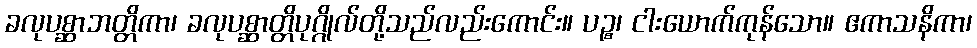
ခလုပစ္ဆာဘတ္တိကာ၊ ခလုပစ္ဆာတ္တိပုဂ္ဂိုလ်တို့သည်လည်းကောင်း။ ပဉ္စ၊ ငါးယောက်ကုန်သော။ ဧကာသနိကာ၊